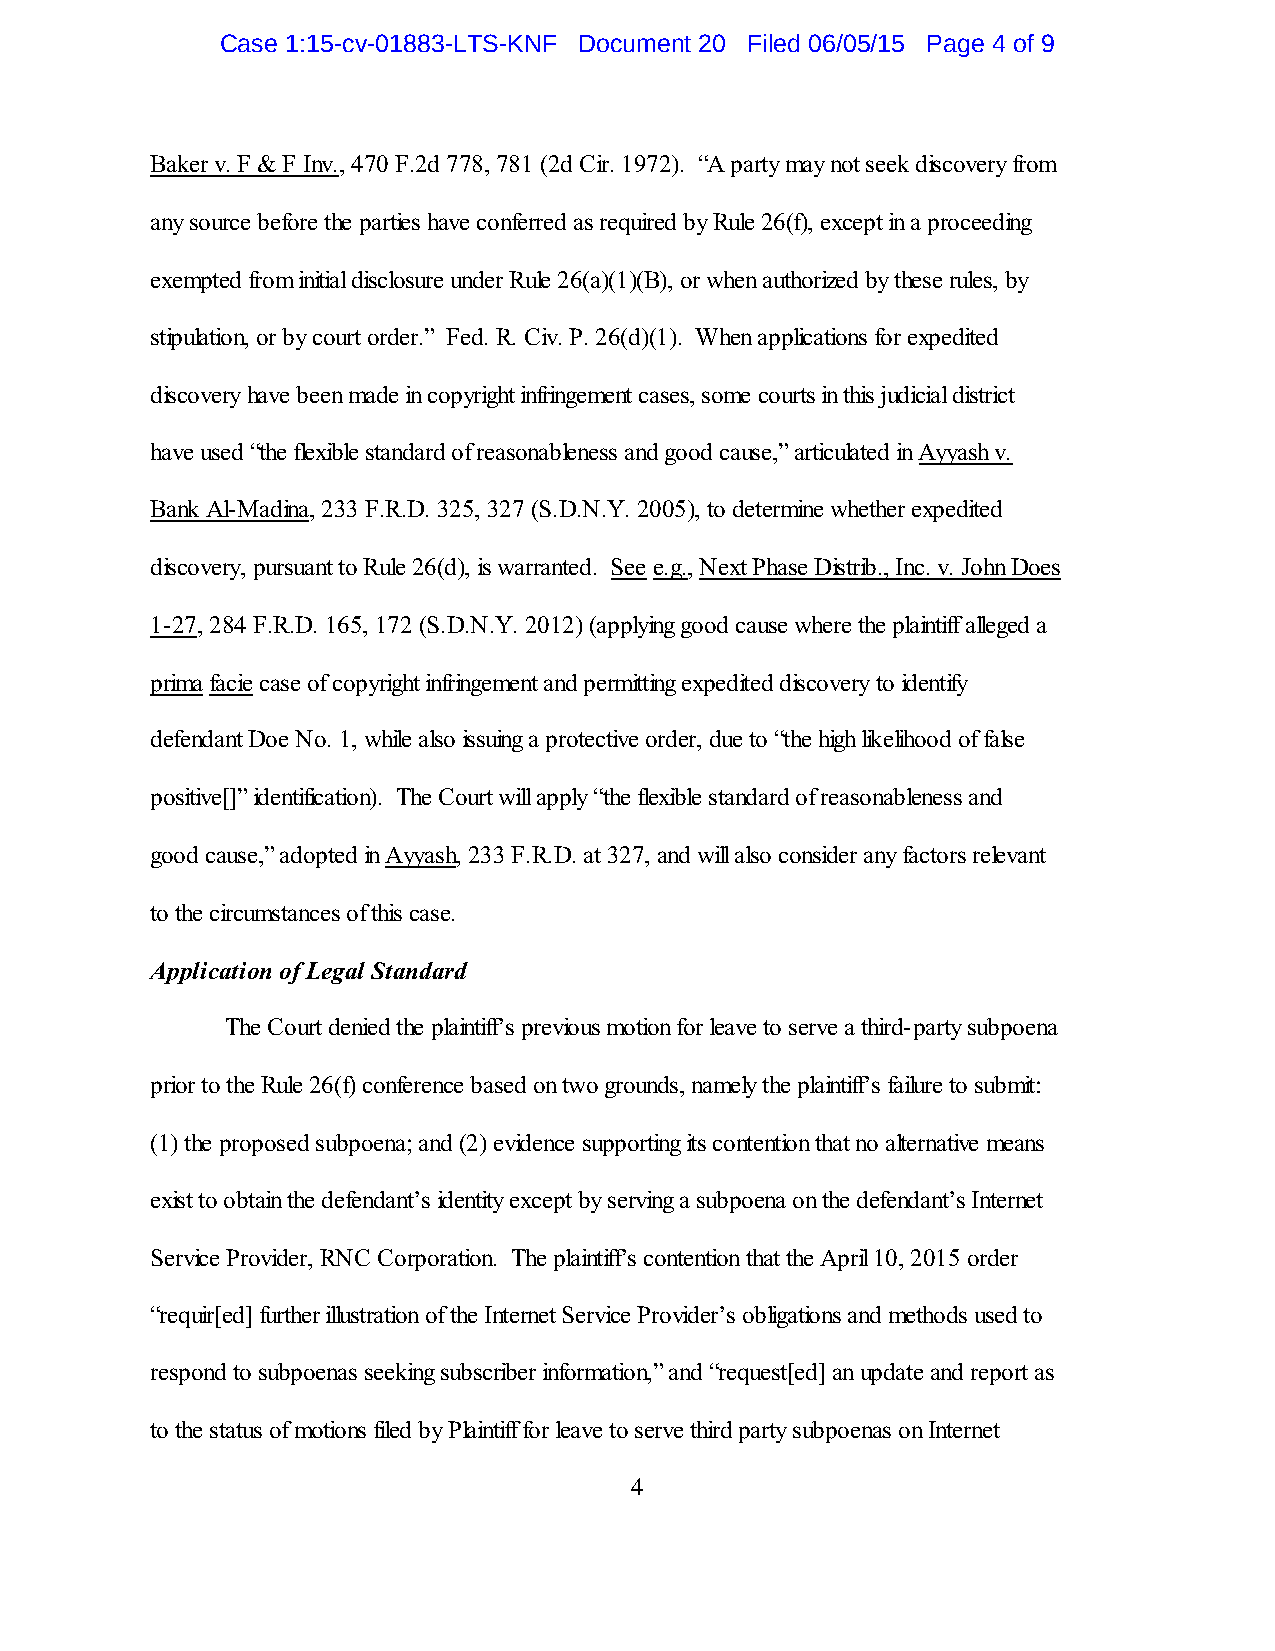
Case 1:15-cv-01883-LTS-KNF Document 20 Filed 06/05/15 Page 4 of 9
 Baker v. F & F Inv., 470 F.2d 778, 781 (2d Cir. 1972). “A party may not seek discovery from
 any source before the parties have conferred as required by Rule 26(f), except in a proceeding
 exempted from initial disclosure under Rule 26(a)(1)(B), or when authorized by these rules, by
 stipulation, or by court order.” Fed. R. Civ. P. 26(d)(1). When applications for expedited
 discovery have been made in copyright infringement cases, some courts in this judicial district
 have used “the flexible standard of reasonableness and good cause,” articulated in Ayyash v.
 Bank Al-Madina, 233 F.R.D. 325, 327 (S.D.N.Y. 2005), to determine whether expedited
 discovery, pursuant to Rule 26(d), is warranted. See e.g., Next Phase Distrib., Inc. v. John Does
 1-27, 284 F.R.D. 165, 172 (S.D.N.Y. 2012) (applying good cause where the plaintiff alleged a
 prima facie case of copyright infringement and permitting expedited discovery to identify
 defendant Doe No. 1, while also issuing a protective order, due to “the high likelihood of false
 positive[]” identification). The Court will apply “the flexible standard of reasonableness and
 good cause,” adopted in Ayyash, 233 F.R.D. at 327, and will also consider any factors relevant
 to the circumstances of this case.
 Application of Legal Standard
 The Court denied the plaintiff’s previous motion for leave to serve a third-party subpoena
 prior to the Rule 26(f) conference based on two grounds, namely the plaintiff’s failure to submit:
 (1) the proposed subpoena; and (2) evidence supporting its contention that no alternative means
 exist to obtain the defendant’s identity except by serving a subpoena on the defendant’s Internet
 Service Provider, RNC Corporation. The plaintiff’s contention that the April 10, 2015 order
 “requir[ed] further illustration of the Internet Service Provider’s obligations and methods used to
 respond to subpoenas seeking subscriber information,” and “request[ed] an update and report as
 to the status of motions filed by Plaintiff for leave to serve third party subpoenas on Internet
 4